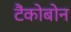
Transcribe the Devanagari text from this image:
टैंकोबोन